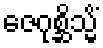
ဇေဂုစ္ဆိသ္မိံ